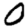
Digit: 0